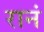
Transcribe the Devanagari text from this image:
रानं